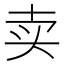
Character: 卖